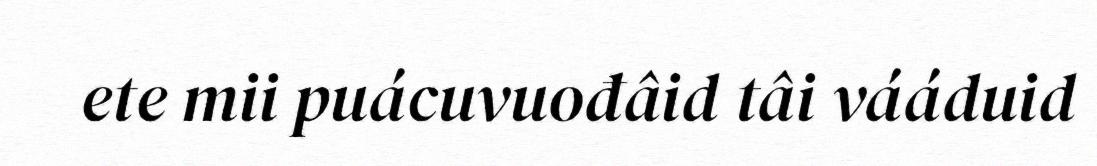
ete mii puácuvuođâid tâi vááduid